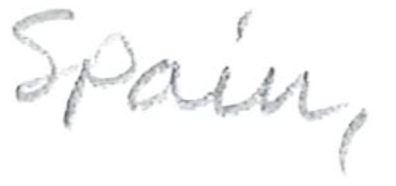
Text: Spain,
Cross-out: clean
Writing tool: pencil